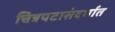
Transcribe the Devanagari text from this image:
चित्रपटासंदर्भात